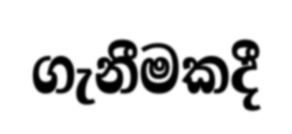
ගැනීමකදී